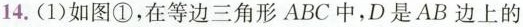
14.(1)如图①，在等边三角形ABC中，D是AB边上的